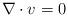
LaTeX: \begin{align*} \nabla\cdot v=0 \end{align*}